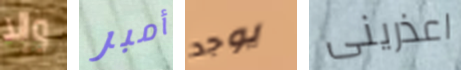
وإلا أمبر يوجد اعذرينى